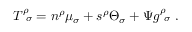
T _ { \ \sigma } ^ { \rho } = n ^ { \rho } \mu _ { \sigma } + s ^ { \rho } \Theta _ { \sigma } + \Psi g _ { \ \sigma } ^ { \rho } \ .